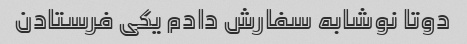
دوتا نوشابه سفارش دادم یکی فرستادن